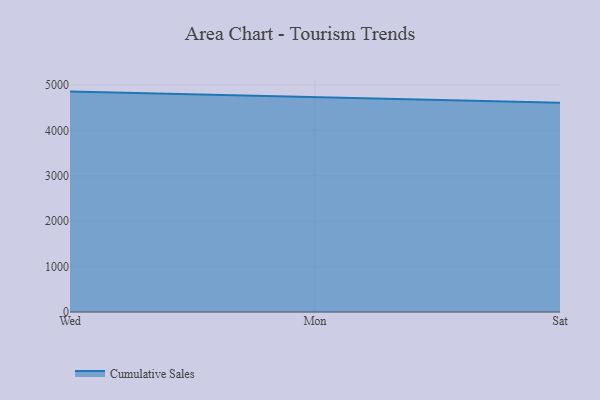
{"axis": {"x": "Day", "y": "Inventory Turnover"}, "legend": ["Cumulative Sales"], "data": [{"x": "Wed", "y": 4857.3, "type": "Cumulative Sales"}, {"x": "Mon", "y": 4734.5, "type": "Cumulative Sales"}, {"x": "Sat", "y": 4613.5, "type": "Cumulative Sales"}]}